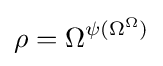
\rho =\Omega ^{\psi (\Omega ^{\Omega })}